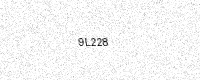
Text: 9L228